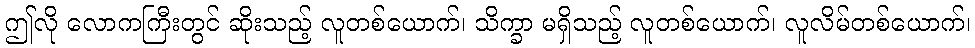
ဤလို လောကကြီးတွင် ဆိုးသည့် လူတစ်ယောက်၊ သိက္ခာ မရှိသည့် လူတစ်ယောက်၊ လူလိမ်တစ်ယောက်၊